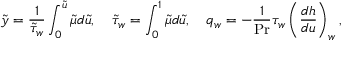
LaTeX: { \tilde { y } } = { \frac { 1 } { { \tilde { \tau } } _ { w } } } \int _ { 0 } ^ { \tilde { u } } { \tilde { \mu } } d { \tilde { u } } , \quad { \tilde { \tau } } _ { w } = \int _ { 0 } ^ { 1 } { \tilde { \mu } } d { \tilde { u } } , \quad q _ { w } = - { \frac { 1 } { \mathrm { P r } } } \tau _ { w } \left( { \frac { d h } { d u } } \right) _ { w } ,